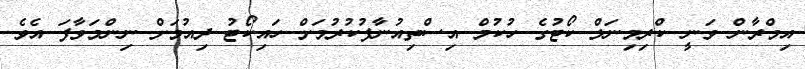
އިމްރާން ވަނީ ކްރިމިނަލް ކޯޓުގެ ހުކުމް އިސްތިއުނާފުކުރުމަށް ހައިކޯޓު ދިއުމަށް ނިންމަވާފަ އެވެ.